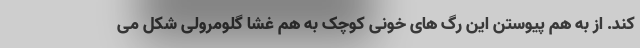
کند. از به هم پیوستن این رگ های خونی کوچک به هم غشا گلومرولی شکل می